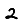
Digit: 2